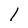
Character: l